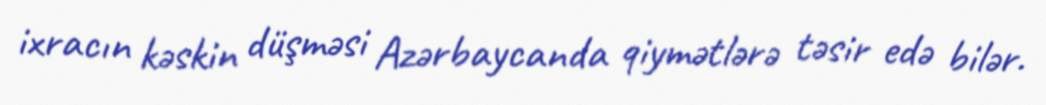
ixracın kəskin düşməsi Azərbaycanda qiymətlərə təsir edə bilər.